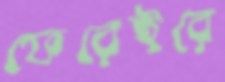
ফেরেইরে